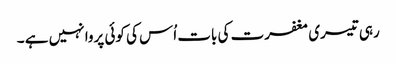
رہی تیسری مغفرت کی بات اُس کی کوئی پروا نہیں ہے ۔